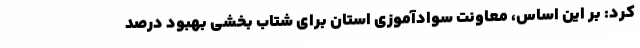
کرد: بر این اساس، معاونت سوادآموزی استان برای شتاب بخشی بهبود درصد